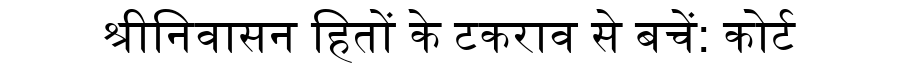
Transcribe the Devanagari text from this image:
श्रीनिवासन हितों के टकराव से बचें: कोर्ट